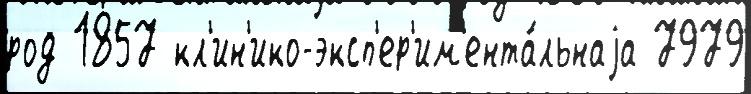
род 1857 кл'ин'ико-эксп'ер'им'ента́льнаjа 7979